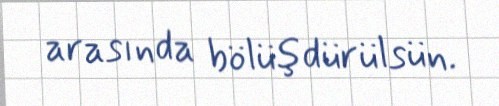
arasında bölüşdürülsün.